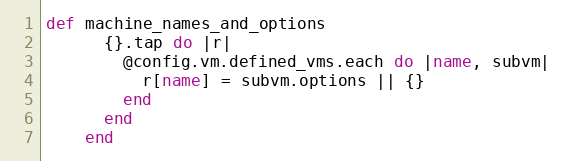
Language: Ruby
def machine_names_and_options
      {}.tap do |r|
        @config.vm.defined_vms.each do |name, subvm|
          r[name] = subvm.options || {}
        end
      end
    end